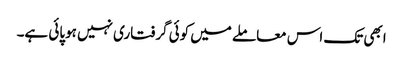
ابھی تک اس معاملے میں کوئی گرفتاری نہیں ہوپائی ہے۔